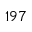
^ { 1 9 7 }